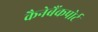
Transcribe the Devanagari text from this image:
कैनेबैंकपोर्ट